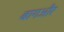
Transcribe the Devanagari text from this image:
बागऔर